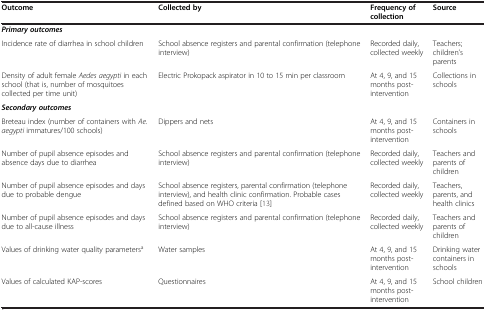
| Outcome | Collected by | Frequency of collection | Source |
 | --- | --- | --- | --- |
 | Primary outcomes |  |  |  |
 | Incidence rate of diarrhea in school children | School absence registers and parental confirmation (telephone interview) | Recorded daily, collected weekly | Teachers; children’s parents |
 | Density of adult female Aedes aegypti in each school (that is, number of mosquitoes collected per time unit) | Electric Prokopack aspirator in 10 to 15 min per classroom | At 4, 9, and 15 months post-intervention | Collections in schools |
 | Secondary outcomes |  |  |  |
 | Breteau index (number of containers with Ae. aegypti immatures/100 schools) | Dippers and nets | At 4, 9, and 15 months post-intervention | Containers in schools |
 | Number of pupil absence episodes and absence days due to diarrhea | School absence registers and parental confirmation (telephone interview) | Recorded daily, collected weekly | Teachers and parents of children |
 | Number of pupil absence episodes and days due to probable dengue | School absence registers, parental confirmation (telephone interview), and health clinic confirmation. Probable cases defined based on WHO criteria [13] | Recorded daily, collected weekly | Teachers, parents, and health clinics |
 | Number of pupil absence episodes and days due to all-cause illness | School absence registers and parental confirmation (telephone interview) | Recorded daily, collected weekly | Teachers and parents of children |
 | Values of drinking water quality parametersa | Water samples | At 4, 9, and 15 months post-intervention | Drinking water containers in schools |
 | Values of calculated KAP-scores | Questionnaires | At 4, 9, and 15 months post-intervention | School children |